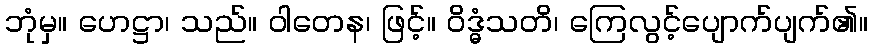
ဘုံမှ။ ဟေဋ္ဌာ၊ သည်။ ဝါတေန၊ ဖြင့်။ ဝိဒ္ဓံသတိ၊ ကြေလွင့်ပျောက်ပျက်၏။